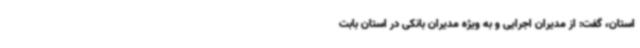
استان، گفت: از مدیران اجرایی و به ویژه مدیران بانکی در استان بابت